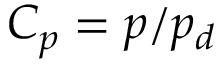
C _ { p } = p / p _ { d }